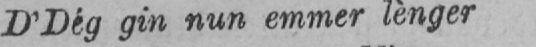
D’Dég gin nun emmer lènger